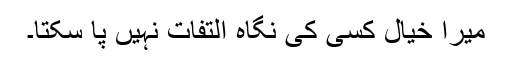
میرا خیال کسی کی نگاہ التفات نہیں پا سکتا۔